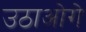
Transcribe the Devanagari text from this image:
उठाओगे